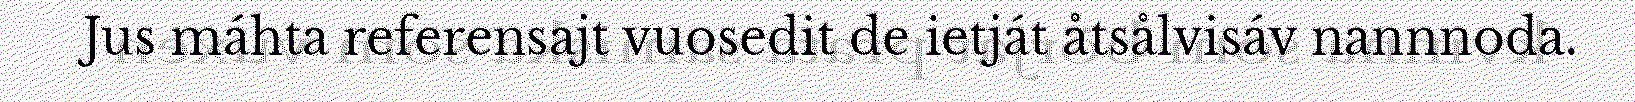
Jus máhta referensajt vuosedit de ietját åtsålvisáv nannnoda.